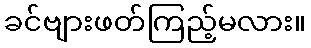
ခင်ဗျားဖတ်ကြည့်မလား။